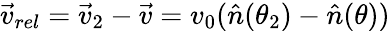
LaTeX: \vec{v}_{rel}=\vec{v}_{2}-\vec{v}=v_{0}(\hat{n}(\theta_{2})-\hat{n}(\theta))